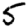
Digit: 5